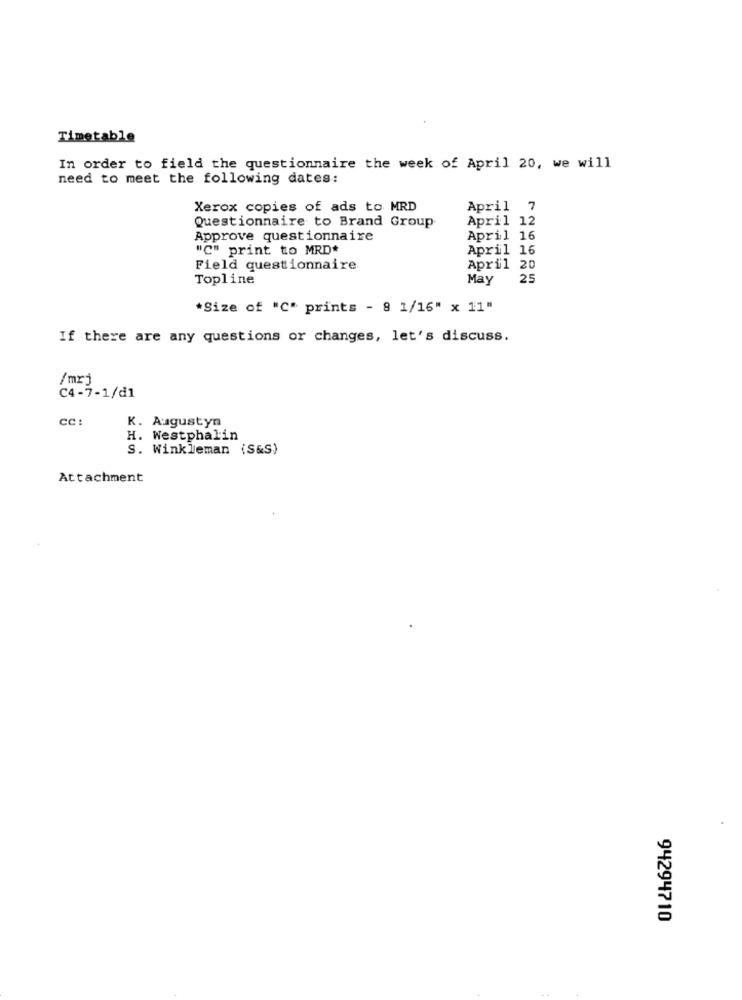
Timetable
In order to field the questionnaire the week of April 20, we will
need to meet the following dates:
Xerox copies of ads to MRD
April 7
Questionnaire to Brand Group
April 12
Approve questionnaire
April 16
"C" print to MRD*
April 16
Field questionnaire.
April 20
Topline
May
25
*Size of "C" prints - 8 1/16" x 11"
If there are any questions or changes, let's discuss.
/mrj
C4-7-1/d1
cc :
K. Augustyn
H. Westphalin
S. Winkleman (S&S)
Attachment
94294710